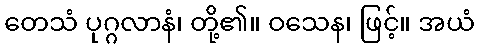
တေသံ ပုဂ္ဂလာနံ၊ တို့၏။ ဝသေန၊ ဖြင့်။ အယံ